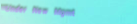
Under New Mgmt